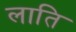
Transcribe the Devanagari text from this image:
लाति